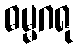
ဓမ္မဂရု